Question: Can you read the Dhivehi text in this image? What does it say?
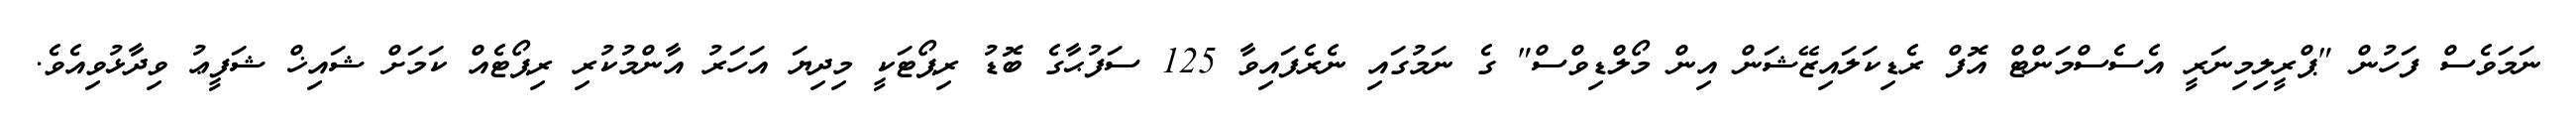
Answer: ނަމަވެސް ފަހުން "ޕްރީލިމިނަރީ އެސެސްމަންޓް އޮފް ރެޑިކަލައިޒޭޝަން އިން މޯލްޑިވްސް" ގެ ނަމުގައި ނެރެފައިވާ 125 ސަފުޙާގެ ބޮޑު ރިޕޯޓަކީ މިދިޔަ އަހަރު އާންމުކުރި ރިޕޯޓެއް ކަމަށް ޝައިޚް ޝަފީޢު ވިދާޅުވިއެވެ.